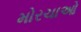
મોરચાઓ